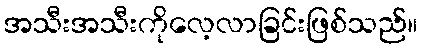
အသီးအသီးကိုလေ့လာခြင်းဖြစ်သည်။